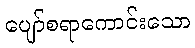
ပျော်စရာကောင်းသော